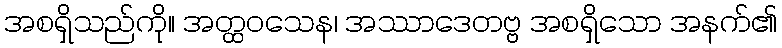
အစရှိသည်ကို။ အတ္ထဝသေန၊ အဿာဒေတဗ္ဗ အစရှိသော အနက်၏